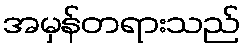
အမှန်တရားသည်